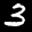
Label: 3